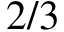
2 / 3